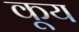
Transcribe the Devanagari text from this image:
कूय